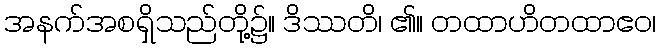
အနက်အစရှိသည်တို့၌။ ဒိဿတိ၊ ၏။ တထာဟိတထာဧဝ၊